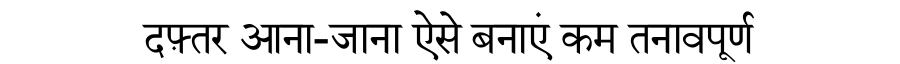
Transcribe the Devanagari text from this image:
दफ़्तर आना-जाना ऐसे बनाएं कम तनावपूर्ण